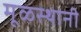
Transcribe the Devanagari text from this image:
मूळस्थानी